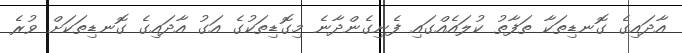
އާދައިގެ ގޮނޑިތަކާ ތަފާތު ކުލައެއްގައި ފެނިގެންދާނެ މިގޮޑިތަކުގެ އަގު އާދައިގެ ގޮނޑިތަކަށް ވުރެ